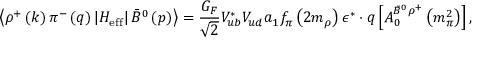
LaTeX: \left\langle \rho ^ { + } \left( k \right) \pi ^ { - } \left( q \right) \left| H _ { \mathrm { e f f } } \right| \bar { B } ^ { 0 } \left( p \right) \right\rangle = \frac { G _ { F } } { \sqrt { 2 } } V _ { u b } ^ { * } V _ { u d } a _ { 1 } f _ { \pi } \left( 2 m _ { \rho } \right) \epsilon ^ { * } \cdot q \left[ A _ { 0 } ^ { \bar { B } ^ { 0 } \rho ^ { + } } \left( m _ { \pi } ^ { 2 } \right) \right] ,